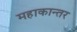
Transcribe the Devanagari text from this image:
महाकान्तर